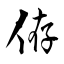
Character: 侟